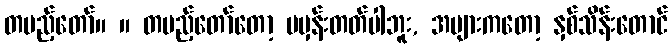
တပည့်တော်။ ။ တပည့်တော်တော့ မမှန်းတတ်ပါဘူး, အများကတော့ နှစ်သိန်းတောင်